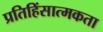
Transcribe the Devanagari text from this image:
प्रतिहिंसात्मकता